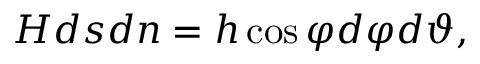
H d s d n = h \cos { \varphi } d \varphi d \vartheta ,